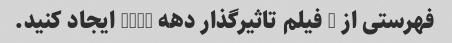
فهرستی از 5 فیلم تاثیرگذار دهه 2000 ایجاد کنید.